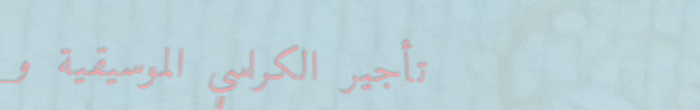
تأجير الكراسي الموسيقية و